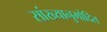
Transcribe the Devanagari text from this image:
सांख्यानुमोदित